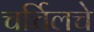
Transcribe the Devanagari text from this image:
चर्चिलचे